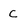
Character: c